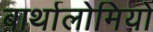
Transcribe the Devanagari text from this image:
बार्थालोमियो